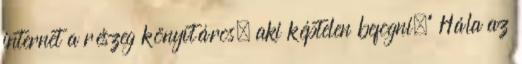
internet a részeg könyvtáros, aki képtelen befogni.” Hála az